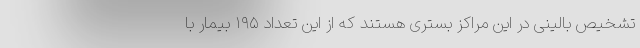
تشخیص بالینی در این مراکز بستری هستند که از این تعداد ۱۹۵ بیمار با